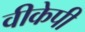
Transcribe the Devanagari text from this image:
वीकेपी